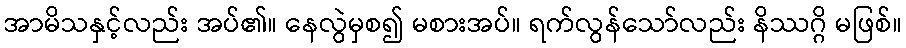
အာမိသနှင့်လည်း အပ်၏။ နေလွဲမှစ၍ မစားအပ်။ ရက်လွန်သော်လည်း နိဿဂ္ဂိ မဖြစ်။